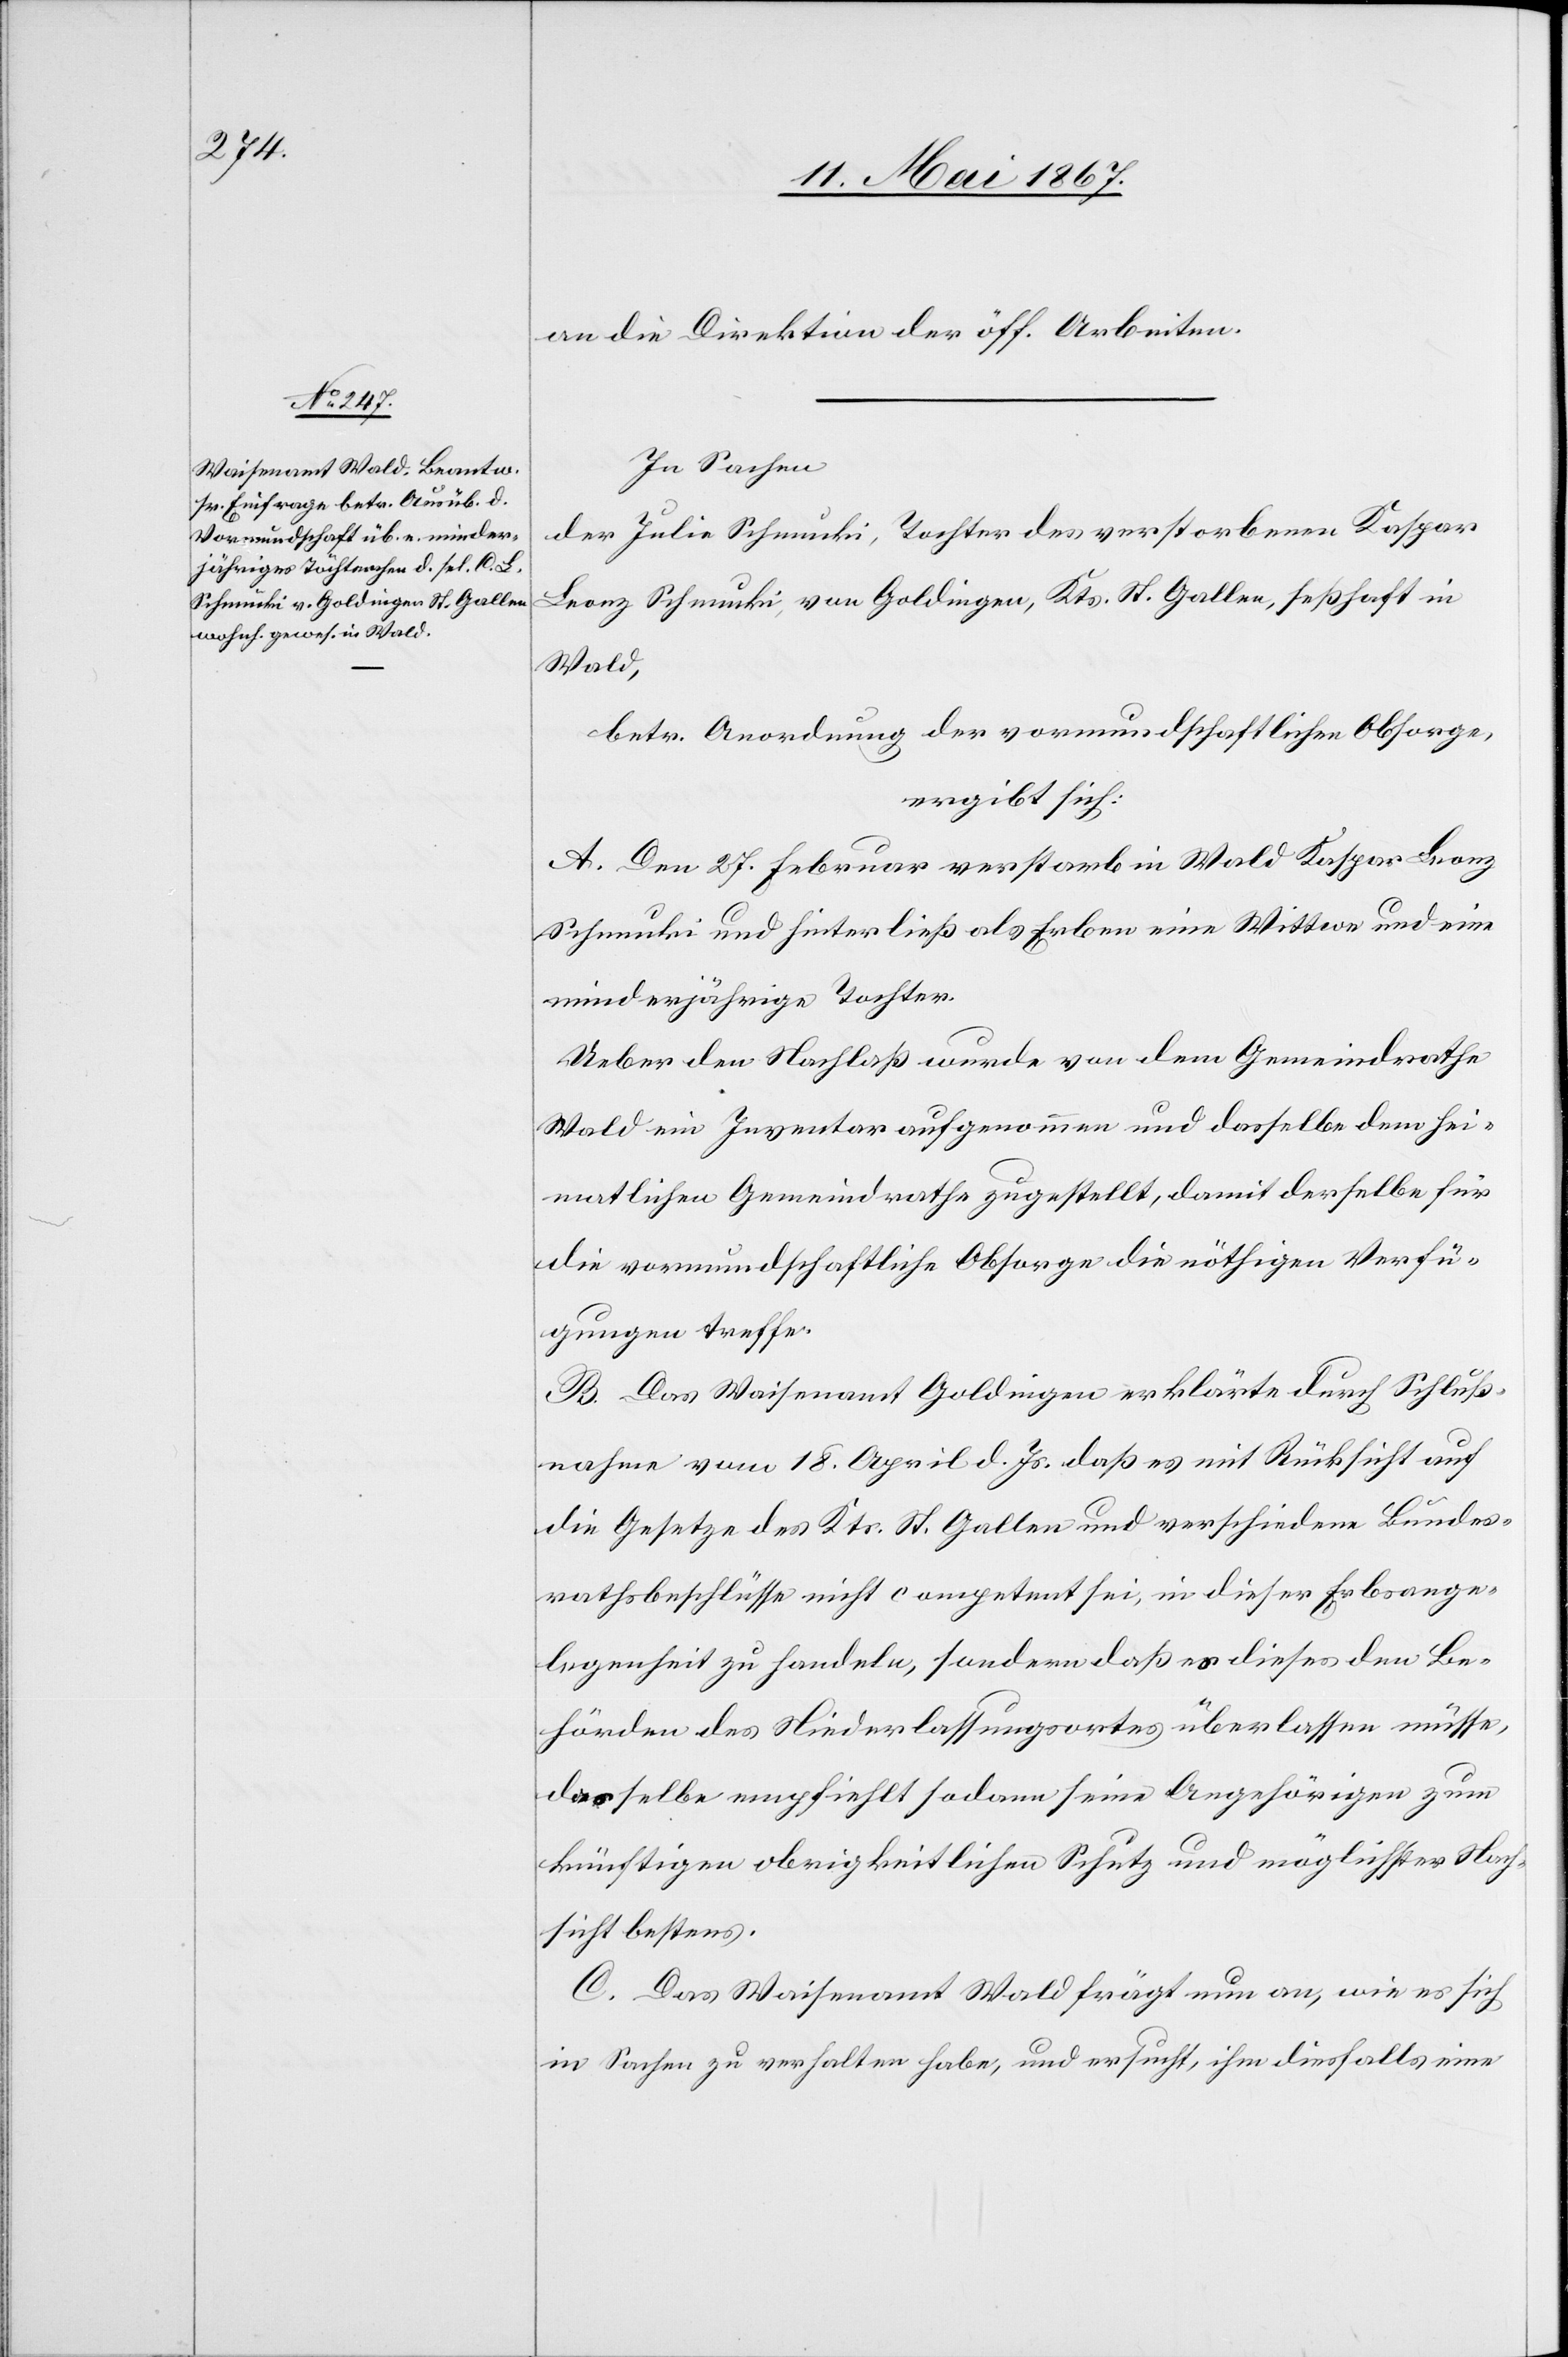
an die Direktion der öff. Arbeiten.
In Sachen
der Julia Schmucki, Tochter des verstorbenen Kaspar
Franz Schmucki, von Goldingen, Kts. St. Gallen, seßhaft in
Wald,
betr. Anordnung der vormundschaftlichen Obsorge,
ergibt sich:
A. Den 27. Februar verstarb in Wald Kaspar Franz
Schmucki und hinterließ als Erben eine Wittwe und eine
minderjährige Tochter.
Ueber den Nachlaß wurde von dem Gemeindrathe
Wald ein Inventar aufgenommen und dasselbe dem hei¬
matlichen Gemeindrathe zugestellt, damit derselbe für
die vormundschaftliche Obsorge die nöthigen Verfü¬
gungen treffe.
B. Das Waisenamt Goldingen erklärte durch Schluß¬
nahme vom 18. April d. Js. daß es mit Rücksicht auf
die Gesetze des Kts. St. Gallen und verschiedene Bundes¬
rathsbeschlüsse nicht competent sei, in dieser Erbange¬
legenheit zu handeln, sondern daß es dieses den Be¬
hörden des Niederlassungsortes überlassen müsse,
dasselbe empfiehlt sodann seine Angehörigen zum
künftigen obrigkeitlichen Schutz und möglichster Nach¬
sicht bestens.
C. Das Waisenamt Wald frägt nun an, wie es sich
in Sachen zu verhalten habe, und ersucht ihm diesfalls eine